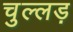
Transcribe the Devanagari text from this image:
चुल्लड़